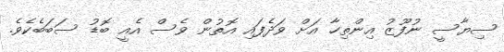
ސިޔާސީ ނުފޫޒު އިންތިހާ އަށް ވަދެފައި އޮތުން ވެސް އެއީ ބޮޑު ސަބަބެކެވެ.